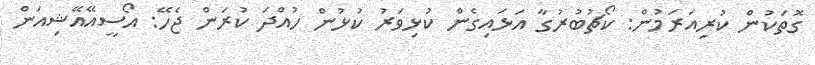
ގޮތަކުން ކުރިއަރަމުން: ކޯޗުބުރުގާ އަޅައިގެން ކުޅިވަރު ކުޅުން ހުއްދަ ކުރަން ޖެހޭ: އޯސީއޭއޭޝިއަން